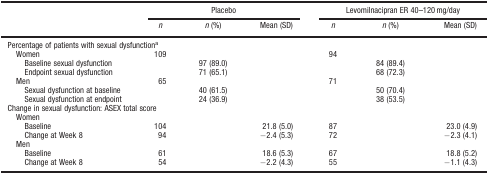
|  | <COLSPAN=3> Placebo | <COLSPAN=3> Levomilnacipran ER 40–120 mg/day |
 |  | n | n (%) | Mean (SD) | n | n (%) | Mean (SD) |
 | --- | --- | --- | --- | --- | --- | --- |
 | <COLSPAN=7> Percentage of patients with sexual dysfunctiona |
 | Women | 109 |  |  | 94 |  |  |
 | Baseline sexual dysfunction |  | 97 (89.0) |  |  | 84 (89.4) |  |
 | Endpoint sexual dysfunction |  | 71 (65.1) |  |  | 68 (72.3) |  |
 | Men | 65 |  |  | 71 |  |  |
 | Sexual dysfunction at baseline |  | 40 (61.5) |  |  | 50 (70.4) |  |
 | Sexual dysfunction at endpoint |  | 24 (36.9) |  |  | 38 (53.5) |  |
 | <COLSPAN=7> Change in sexual dysfunction: ASEX total score |
 | Women |
 | Baseline | 104 |  | 21.8 (5.0) | 87 |  | 23.0 (4.9) |
 | Change at Week 8 | 94 |  | −2.4 (5.3) | 72 |  | −2.3 (4.1) |
 | Men |
 | Baseline | 61 |  | 18.6 (5.3) | 67 |  | 18.8 (5.2) |
 | Change at Week 8 | 54 |  | −2.2 (4.3) | 55 |  | −1.1 (4.3) |